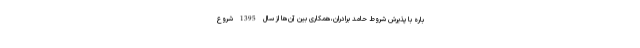
باره با پذیرش شروط حامد برادران،همکاری بین آن‌ها از سال 1395 شروع